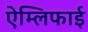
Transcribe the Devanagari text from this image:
ऐम्लिफाई